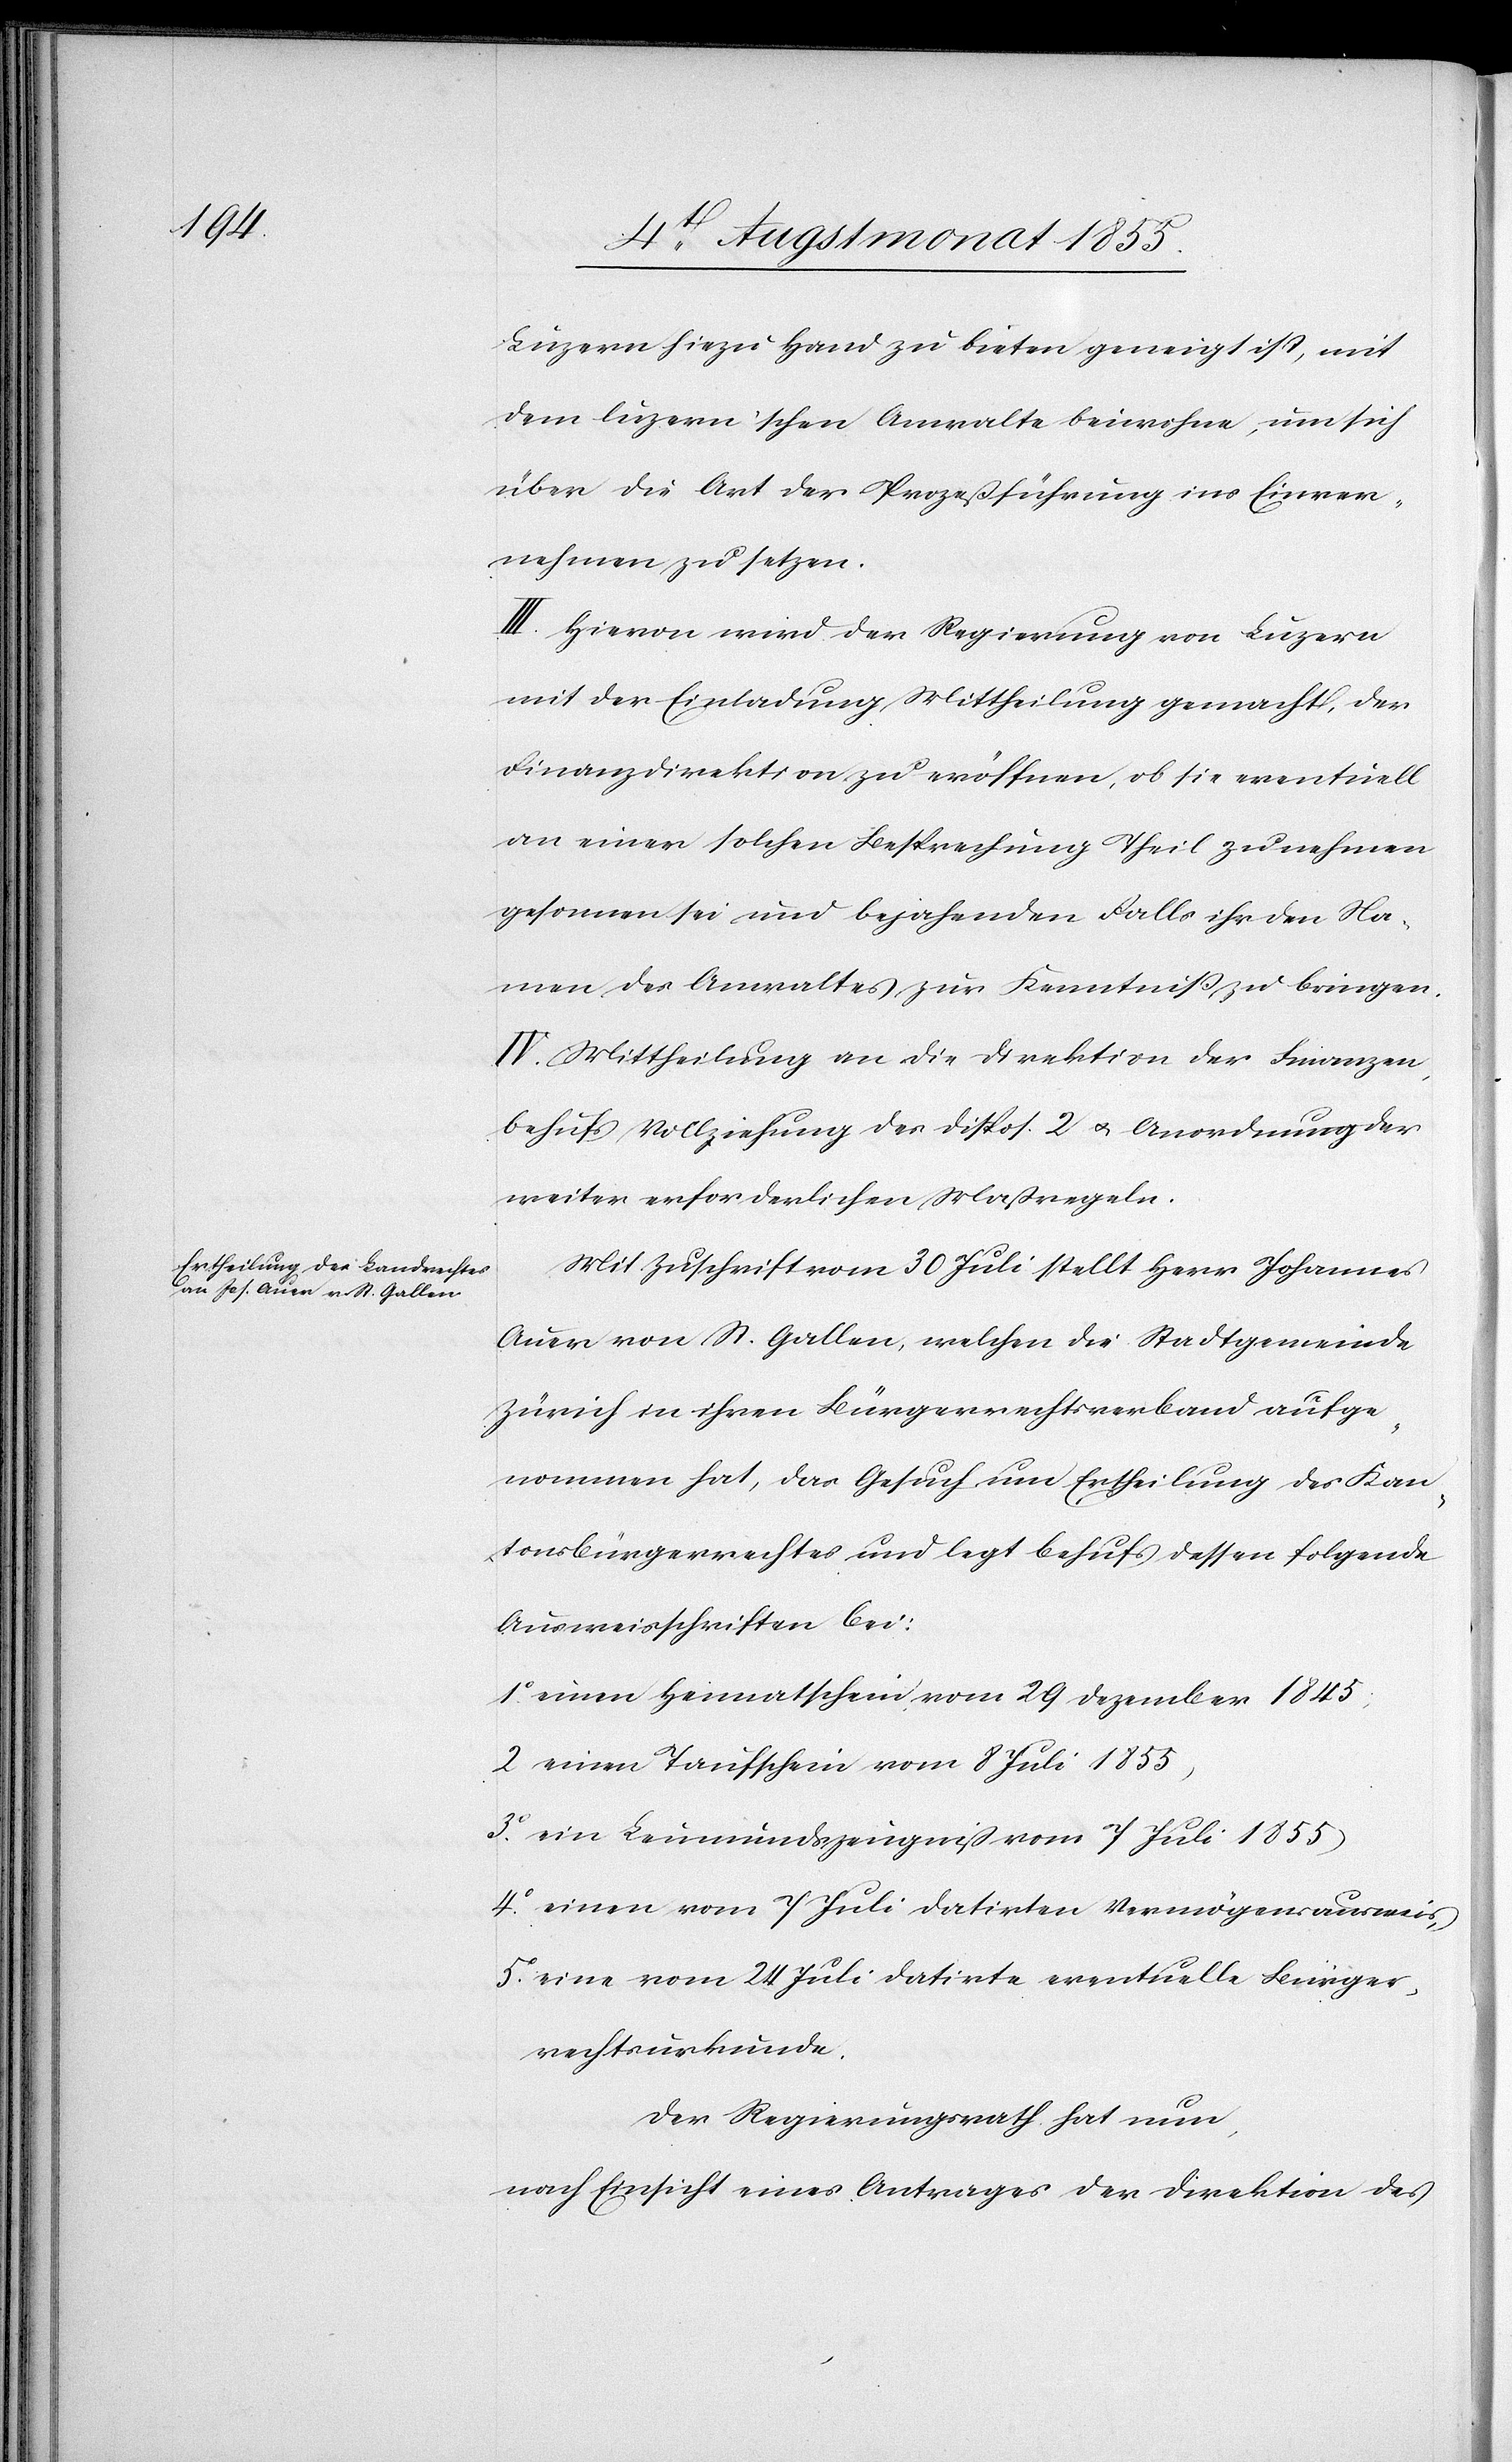
Luzern hiezu Hand zu bieten geneigt ist, mit
dem luzern’schen Anwalte beiwohne, um sich
über die Art der Prozeßführung ins Einver¬
nehmen zu setzen.
III. Hievon wird der Regierung von Luzern
mit der Einladung Mittheilung gemacht, der
Finanzdirektion zu eröffnen, ob sie eventuell
an einer solchen Besprechung Theil zu nehmen
gesonnen sei und bejahenden Falls ihr den Na¬
men des Anwaltes zur Kenntniß zu bringen.
IV. Mittheilung an die Direktion der Finanzen,
behufs Vollziehung des Dispos. 2 & Anordnung der
weiter erforderlichen Maßregeln.
Mit Zuschrift vom 30 Juli stellt Herr Johannes
Auer von St. Gallen, welchen die Stadtgemeinde
Zürich in ihren Bürgerrechtsverband aufge¬
nommen hat, das Gesuch um Ertheilung des Kan¬
tonsbürgerrechtes und legt behufs dessen folgende
Ausweisschriften bei:
1.o einen Heimatschein vom 29 Dezember 1845,
2 einen Taufschein vom 8 Juli 1855,
3.o ein Leumundszeugniß vom 7 Juli 1855
4.o einen vom 7 Juli datirten Vermögensausweis,
5.o eine vom 24 Juli datirte eventuelle Bürger¬
rechtsurkunde.
Der Regierungsrath hat nun,
nach Einsicht eines Antrages der Direktion des